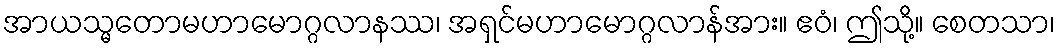
အာယသ္မတောမဟာမောဂ္ဂလာနဿ၊ အရှင်မဟာမောဂ္ဂလာန်အား။ ဧဝံ၊ ဤသို့။ စေတသာ၊